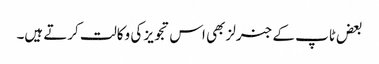
بعض ٹاپ کے جنرلز بھی اس تجویز کی وکالت کرتے ہیں۔